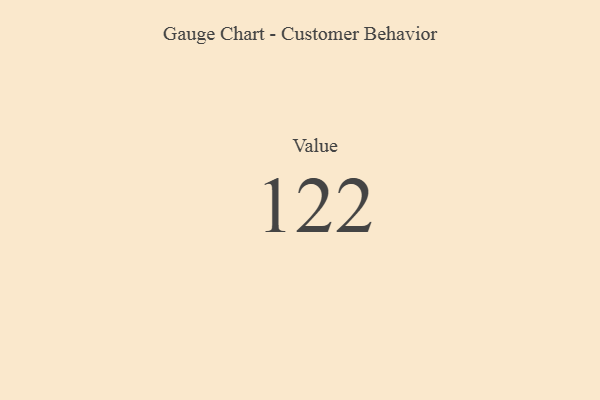
{"axis": {"x": "Metric", "y": "Value"}, "legend": [""], "data": [{"x": "Value", "y": 122, "type": ""}]}